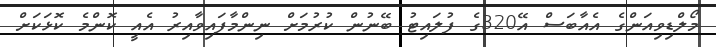
މޯލްޑިވިއަންގެ އެއާބަސް އޭ320ގެ ފުލައިޓު ބޭނުން ކުރުމަށް ނިންމާފައިވާއިރު އެއީ ކޮންމެ ކޮޅަކަށް